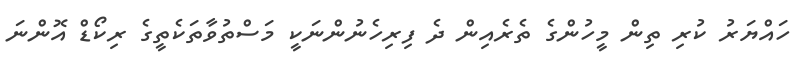
ހައްޔަރު ކުރި ތިން މީހުންގެ ތެރެއިން ދެ ފިރިހެނުންނަކީ މަސްތުވާތަކެތީގެ ރިކޯޑް އޮންނަ